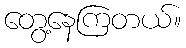
တွေ့နေကြတယ်။